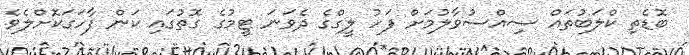
ބޮޑެތި ކްލަބުތައް ސިއްސުވާލުމަށް ފަހު ލީގްގެ ދެވަނަ ޓީމުގެ ގޮތުގައި ކަން ފާހަގަކޮށްލެވެ